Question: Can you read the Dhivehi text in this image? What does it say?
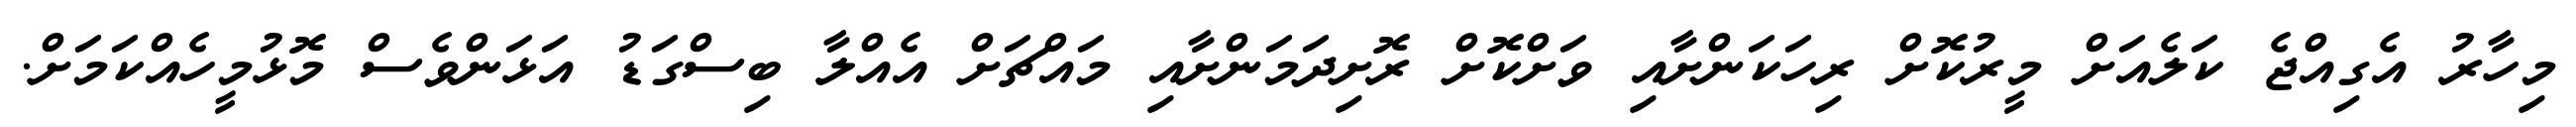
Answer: މިހާރު އެގިއްޖެ ކަލެއަށް މީރުކޮށް ރިހަކަންށާއި ވަށްކޮށް ރޮށިދަމަންށާއި މައްޗަށް އެއްލާ ބިސްގަޑު އަޅަންވެސް މޮޅުމީހެއްކަމަށް.